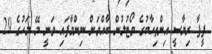
ފީފާ ރިޔާސީ އިންތިހާބުގެ ވޯޓުލުން ބާއްވަން ނިންމާފައި ވަނީ މޭ މަހުގެ 29